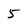
Character: 5